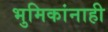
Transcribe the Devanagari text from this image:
भुमिकांनाही